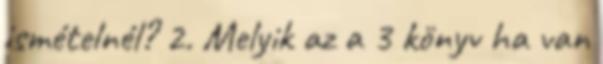
ismételnél? 2. Melyik az a 3 könyv ha van